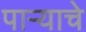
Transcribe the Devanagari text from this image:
पाऱ्याचे